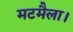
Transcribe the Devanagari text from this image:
मटमैला।